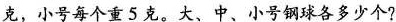
克，小号每个重5克。大、中、小号钢球各多少个?